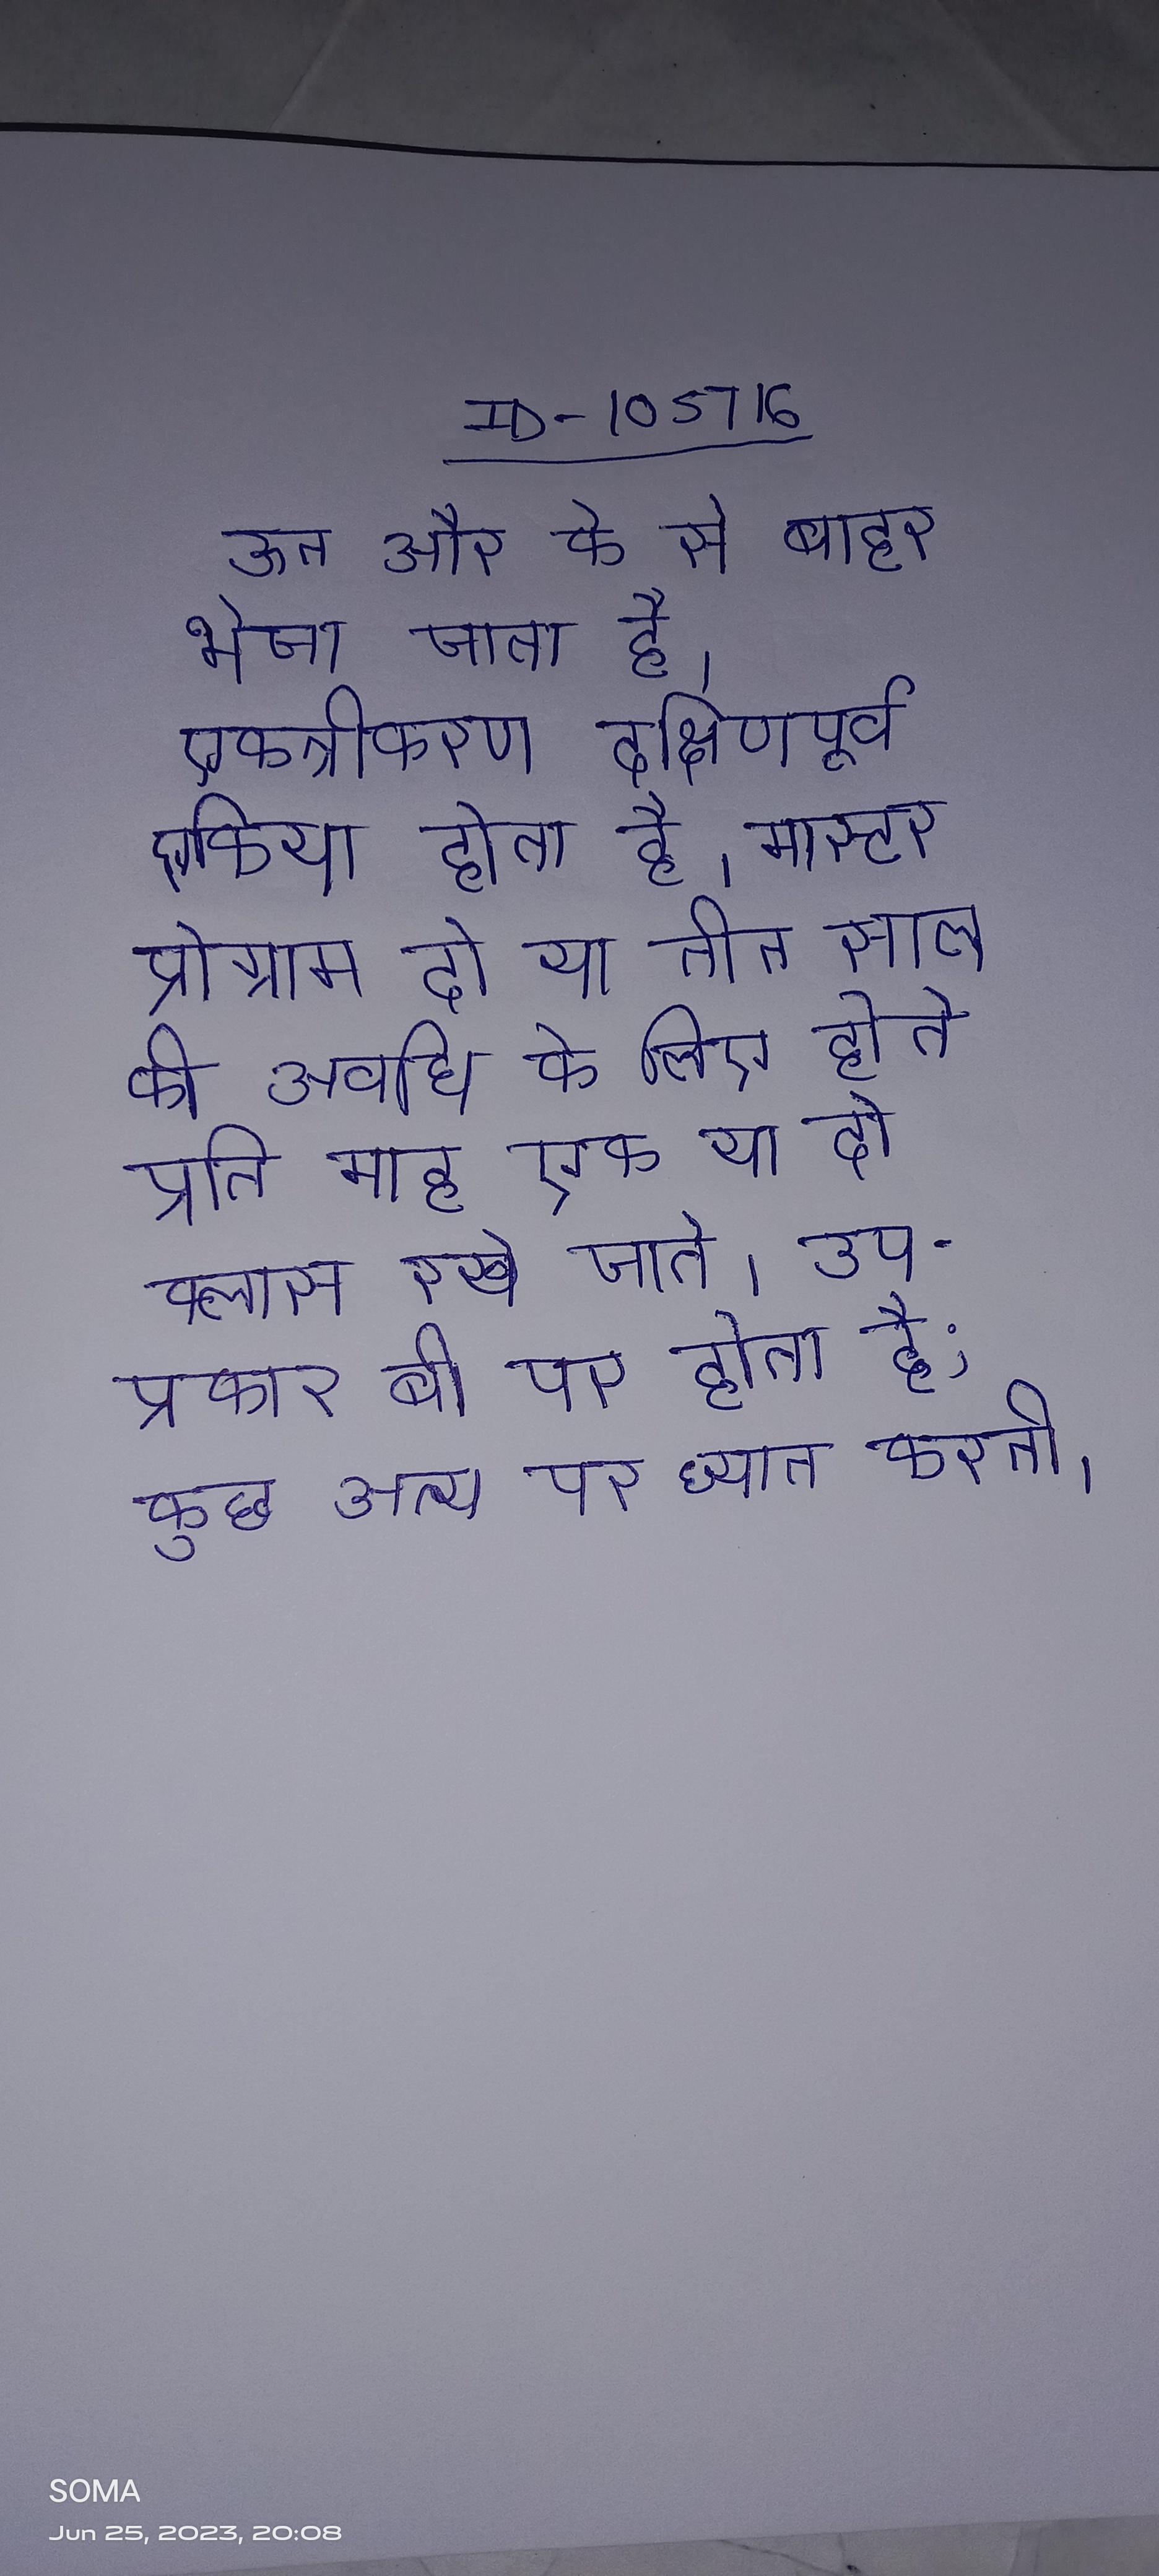
ऊन और के से बाहर भेजा जाता है । एकत्रीकरण दक्षिणपूर्व एशिया होता है । मास्टर प्रोग्राम दो या तीन साल की अवधि के लिए होते प्रति माह एक या दो क्लास रखे जाते । उप-प्रकार बी पर होता है; कुछ अन्य पर ध्यान करती ।